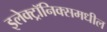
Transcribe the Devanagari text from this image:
इलेक्ट्रॉनिक्समधील